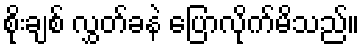
စိုးချစ် လွှတ်ခနဲ ပြောလိုက်မိသည်။